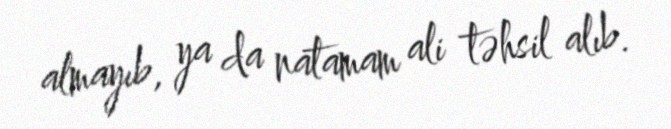
almayıb, ya da natamam ali təhsil alıb.